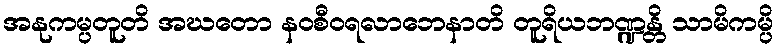
အနုကမ္ပတူတိ အဃတော နဝစီဝရလာဘေနာတိ တူရိယဘဏ္ဍန္တိ သာမိကမ္ပိ